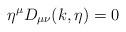
LaTeX: \begin{align*}\eta^\mu D_{\mu\nu}(k,\eta)=0\ \end{align*}